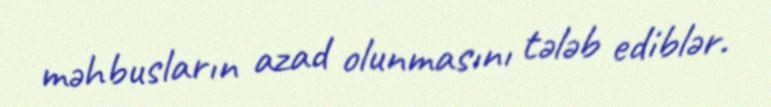
məhbusların azad olunmasını tələb ediblər.